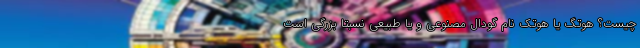
چیست؟ هوتِگ یا هوتَک نام گودال مصنوعی و یا طبیعی نسبتاً بزرگی است